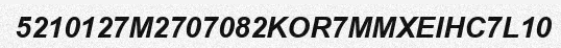
5210127M2707082KOR7MMXEIHC7L10